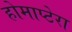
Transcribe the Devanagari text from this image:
होमाप्टेरा